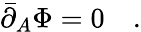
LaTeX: \bar{\partial}_{A}\Phi=0\quad.